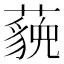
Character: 𬟈